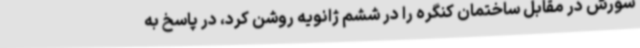
شورش در مقابل ساختمان کنگره را در ششم ژانویه روشن کرد، در پاسخ به